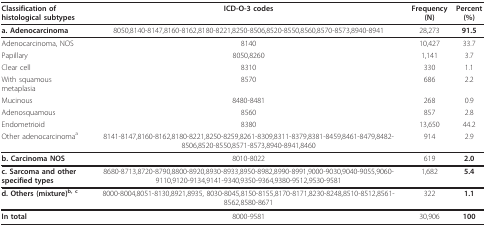
<table><thead><tr><td><b>Classification of histological subtypes</b></td><td><b>ICD-O-3 codes</b></td><td><b>Frequency (N)</b></td><td><b>Percent (%)</b></td></tr></thead><tbody><tr><td><b>a. Adenocarcinoma</b></td><td>8050,8140-8147,8160-8162,8180-8221,8250-8506,8520-8550,8560,8570-8573,8940-8941</td><td>28,273</td><td><b>91.5</b></td></tr><tr><td>Adenocarcinoma, NOS</td><td>8140</td><td>10,427</td><td>33.7</td></tr><tr><td>Papillary</td><td>8050,8260</td><td>1,141</td><td>3.7</td></tr><tr><td>Clear cell</td><td>8310</td><td>330</td><td>1.1</td></tr><tr><td>With squamous metaplasia</td><td>8570</td><td>686</td><td>2.2</td></tr><tr><td>Mucinous</td><td>8480-8481</td><td>268</td><td>0.9</td></tr><tr><td>Adenosquamous</td><td>8560</td><td>857</td><td>2.8</td></tr><tr><td>Endometrioid</td><td>8380</td><td>13,650</td><td>44.2</td></tr><tr><td>Other adenocarcinoma<sup>a</sup></td><td>8141-8147,8160-8162,8180-8221,8250-8259,8261-8309,8311-8379,8381-8459,8461-8479,8482-8506,8520-8550,8571-8573,8940-8941,8460</td><td>914</td><td>2.9</td></tr><tr><td><b>b. Carcinoma NOS</b></td><td>8010-8022</td><td>619</td><td><b>2.0</b></td></tr><tr><td><b>c. Sarcoma and other specified types</b></td><td>8680-8713,8720-8790,8800-8920,8930-8933,8950-8982,8990-8991,9000-9030,9040-9055,9060-9110,9120-9134,9141-9340,9350-9364,9380-9512,9530-9581</td><td>1,682</td><td><b>5.4</b></td></tr><tr><td><b>d. Others (mixture)<sup>b, c</sup></b></td><td>8000-8004,8051-8130,8921,8935, 8030-8045,8150-8155,8170-8171,8230-8248,8510-8512,8561-8562,8580-8671</td><td>322</td><td><b>1.1</b></td></tr><tr><td><b>In total</b></td><td>8000-9581</td><td>30,906</td><td><b>100</b></td></tr></tbody></table>